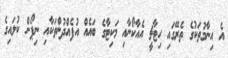
އެ އިނާމުތަކުގެ ތެރޭގައި ހިޓާޗީ އެއާކޯނާއި މަކިޓާގެ ބައެއް އުފެއްދުންތަކާއި ނިޕޯން ކުލައިގެ